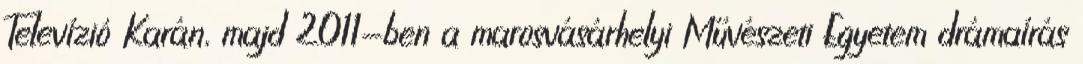
Televízió Karán, majd 2011-ben a marosvásárhelyi Művészeti Egyetem drámaírás